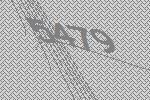
5479